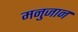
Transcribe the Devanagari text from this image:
मनुजान